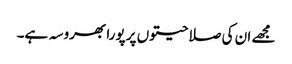
مجھے ان کی صلاحیتوں پر پورا بھروسہ ہے۔